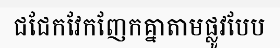
ជជែកវែកញែកគ្នាតាមផ្លូវបែប